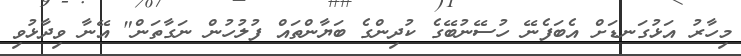
މިހާރު އަޅުގަނޑަށް އެބަފެނޭ ހުސޭނުބޭގެ ކުދިންގެ ބަޔާންތައް ފުލުހުން ނަގާތަން" އޭނާ ވިދާޅުވި